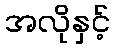
အလိုနှင့်